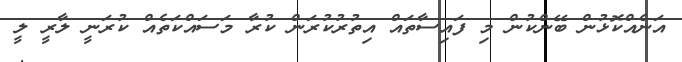
އަނެއްކޮޅުން ބޭންކުން މި ފައިސާތައް އިތުރުކުރަން ކުރާ މަސައްކަތެއް ކުރަނީ ލާރީ ލީ